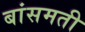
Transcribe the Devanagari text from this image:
बांसमती